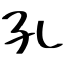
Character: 孔